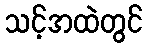
သင့်အထဲတွင်